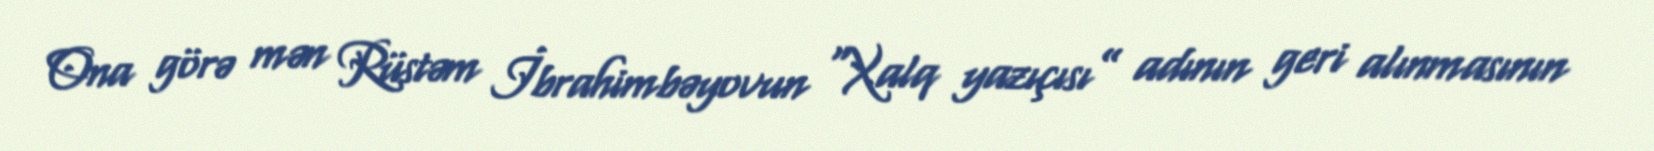
Ona görə mən Rüstəm İbrahimbəyovun “Xalq yazıçısı” adının geri alınmasının